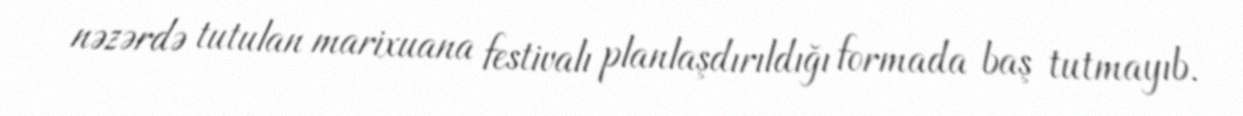
nəzərdə tutulan marixuana festivalı planlaşdırıldığı formada baş tutmayıb.